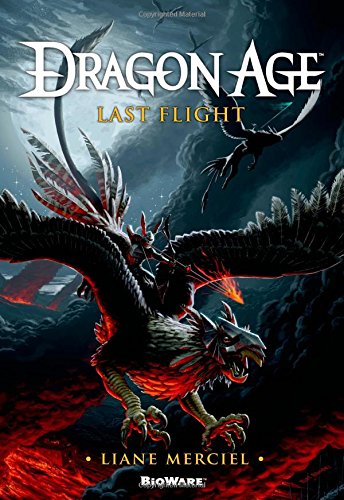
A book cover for Dragon Age: Last Flight; Liane Merciel; Science Fiction & Fantasy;